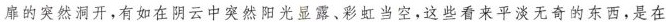
扉的突然洞开,有如在阴云中突然阳光显露、彩虹当空，这些看来平淡无奇的东西，是在